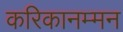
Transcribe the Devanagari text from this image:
करिकानम्मन